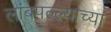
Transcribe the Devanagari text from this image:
लांबपल्ल्याच्या